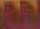
AN